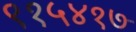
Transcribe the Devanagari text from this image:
९१५४१७